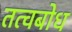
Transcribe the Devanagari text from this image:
तत्वबोध